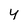
Character: 4